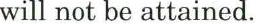
will not be attained.